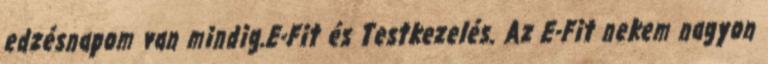
edzésnapom van mindig.E-Fit és Testkezelés. Az E-Fit nekem nagyon